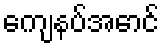
ကျေနပ်အောင်